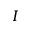
I